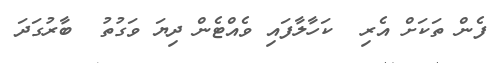
ފެން ތަކަށް އެރި  ކަހާލާފައި ވެއްޓެން ދިޔަ ވަގުތު  ބާރުގަދަ